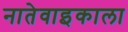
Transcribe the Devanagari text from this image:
नातेवाइकाला